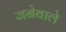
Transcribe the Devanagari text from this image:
जनेवाले